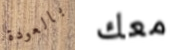
بالعودة معك